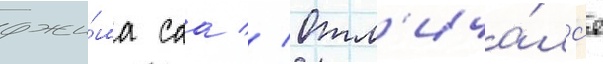
джи́ма саа // Отл'ича́лс'я